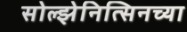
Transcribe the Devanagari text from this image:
सोल्झेनित्सिनच्या